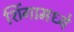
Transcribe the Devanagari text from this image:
शिंगामध्ये